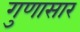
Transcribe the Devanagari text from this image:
गुणासार